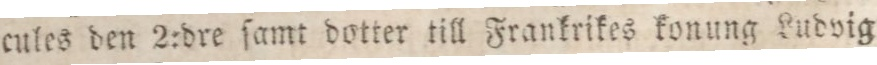
cules den 2:dre ſamt dotter till Frankrikes konung Ludvig